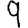
Digit: 9